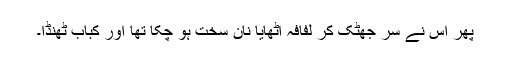
پھر اس نے سر جھٹک کر لفافہ اٹھایا نان سخت ہو چکا تھا اور کباب ٹھنڈا۔